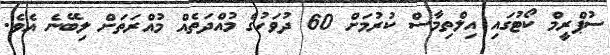
ސުޕްރީމް ކޯޓުގައި އިލްތިމާސް ކުރުމަށް 60 ދުވަހުގެ މުއްދަތެއް މުއްރަތަށް ލިބޭނެ އެވެ.